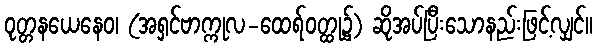
ဝုတ္တနယေနေဝ၊ (အရှင်ဗာက္ကုလ-ထေရ်ဝတ္ထု၌) ဆိုအပ်ပြီးသောနည်းဖြင့်လျှင်။